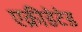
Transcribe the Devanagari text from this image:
एक्रीडेटेड